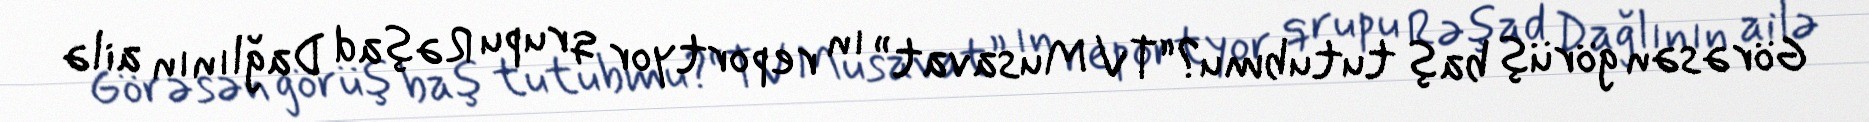
Görəsən görüş baş tutubmu?“TV Musavat” ın reportyor qrupu Rəşad Dağlının ailə